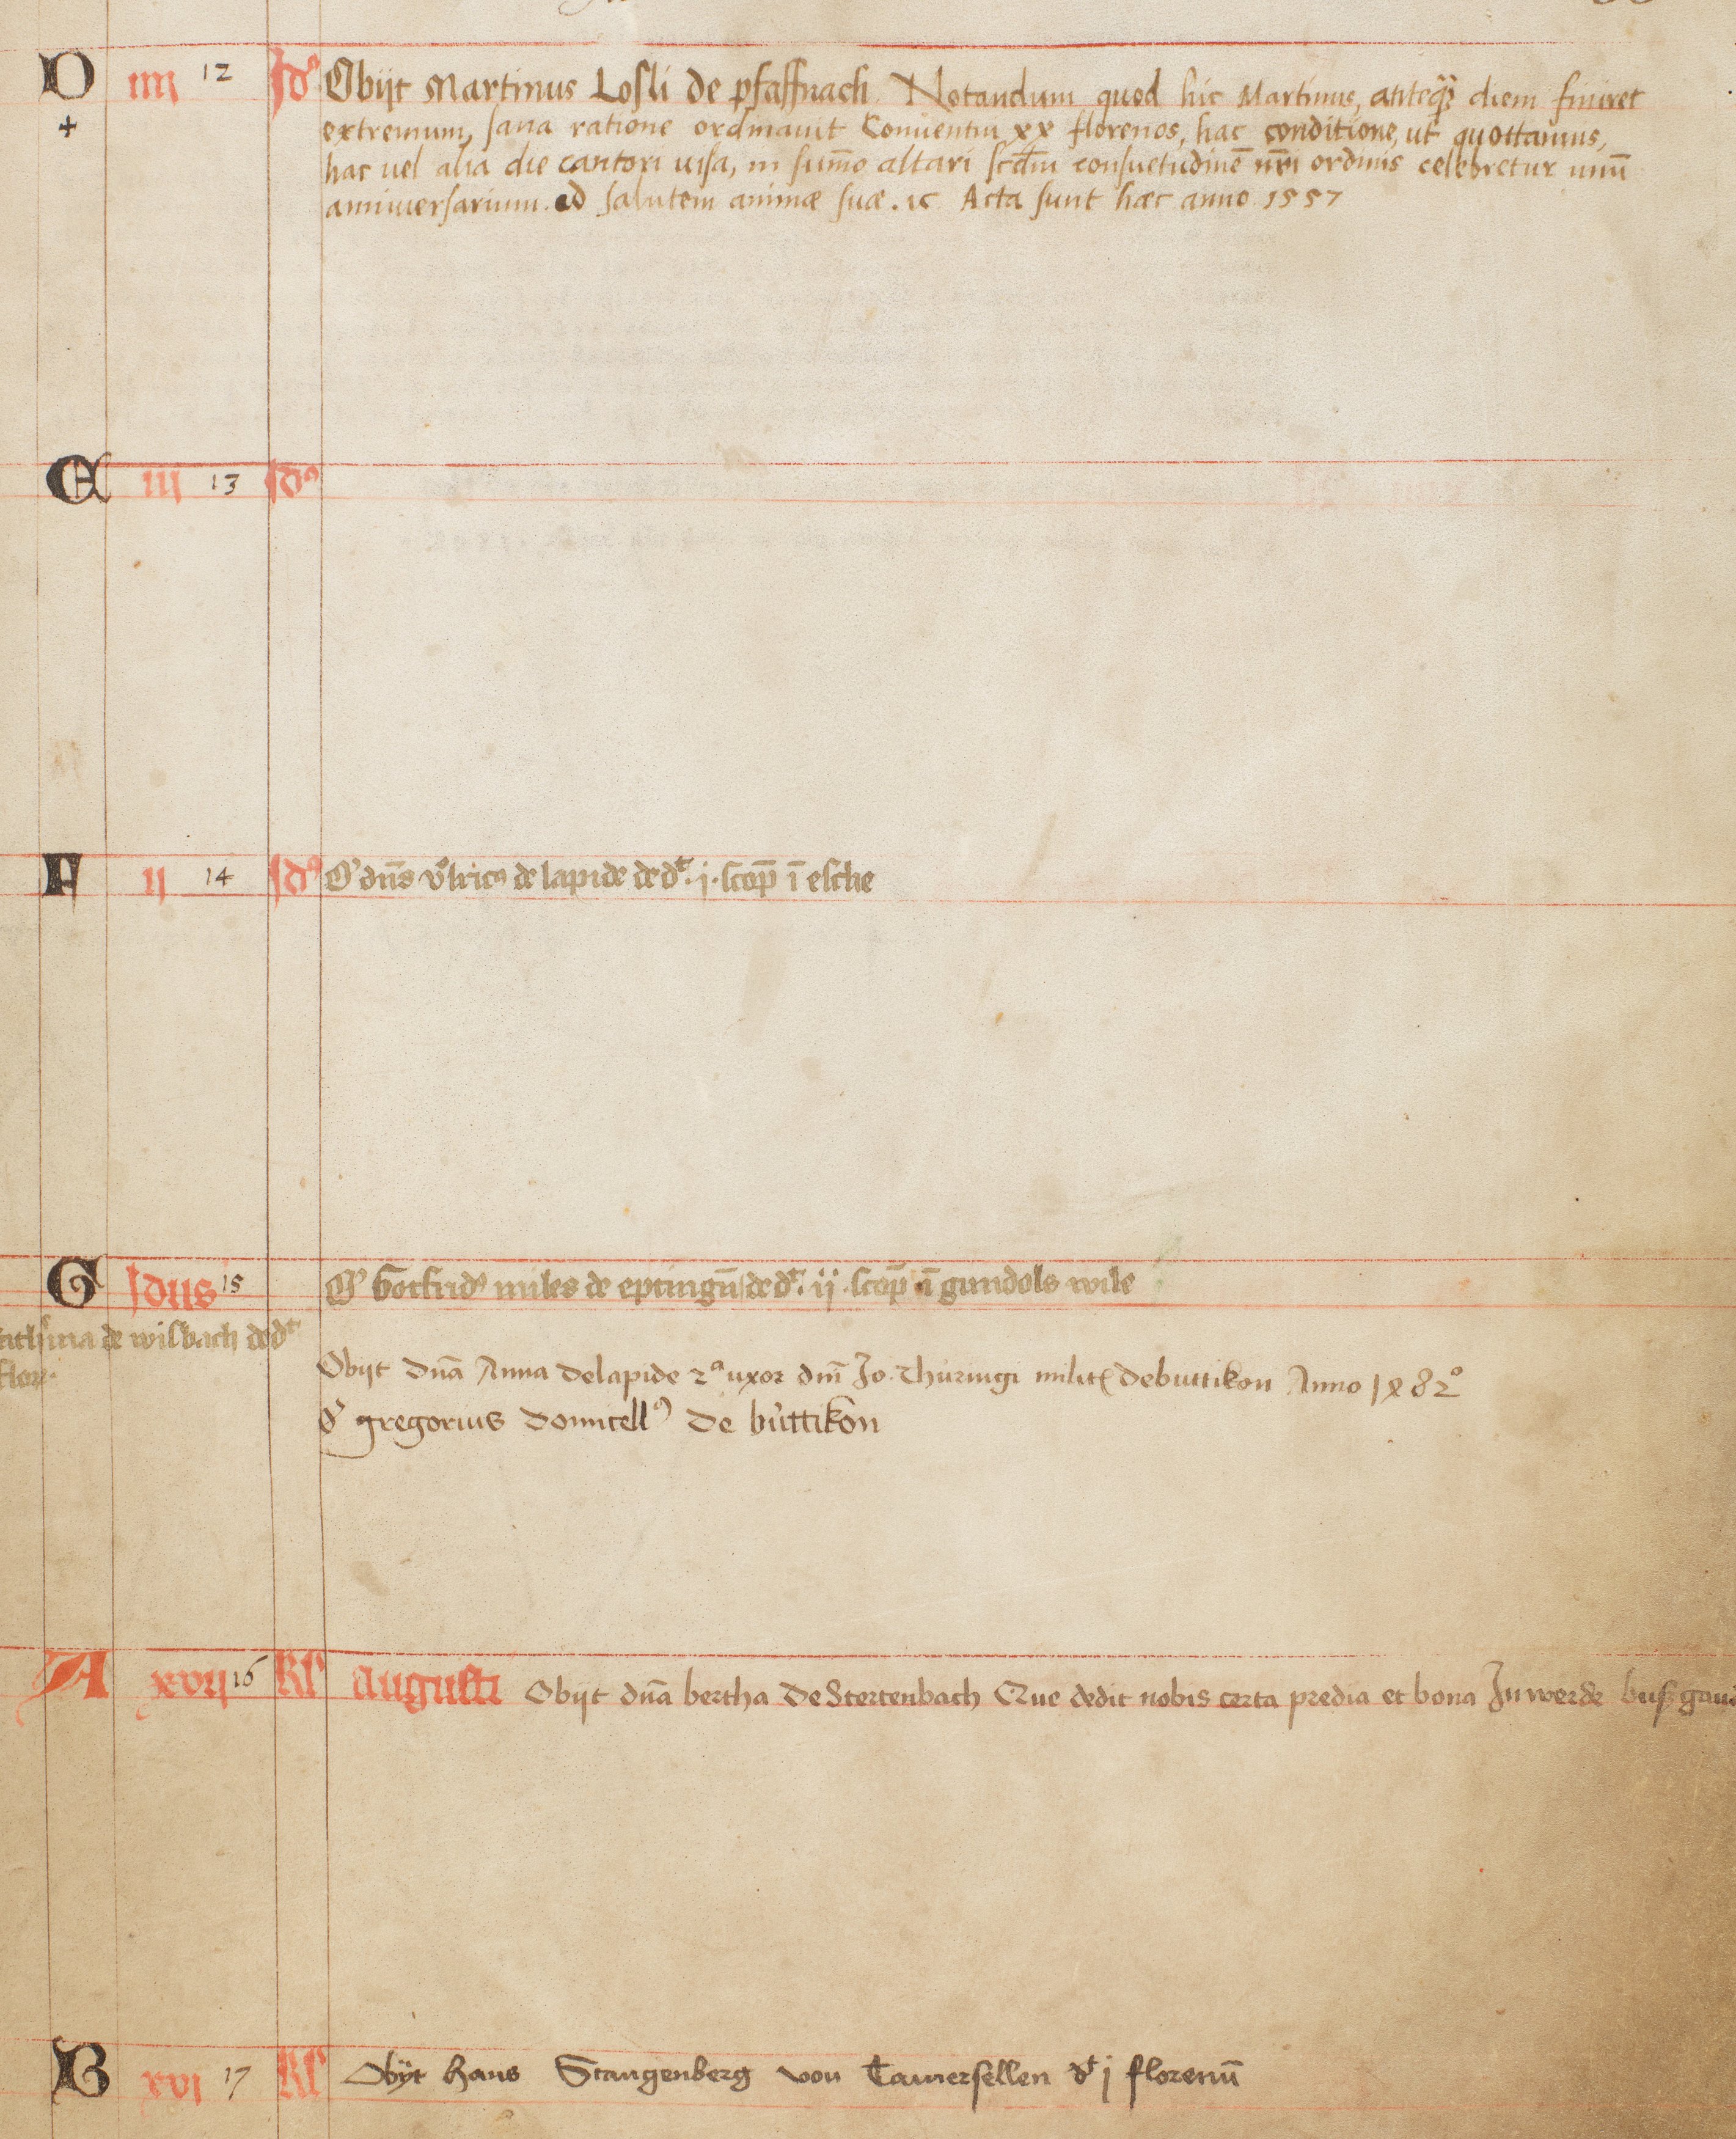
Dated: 1400–1430